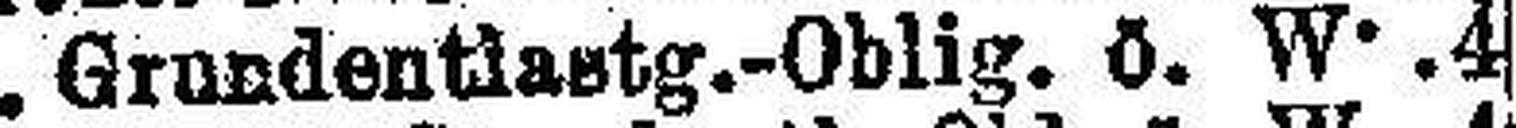
U. Grundentlastg.-Oblig. ö. W .4